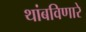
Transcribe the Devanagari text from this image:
थांबविणारे